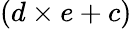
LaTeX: (d\times e+c)